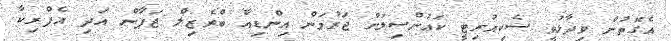
އެގޮތުން ވިދާޅުވީ ސެކިއުރިޓީ ކައުންސިލަށް ޖަރުމަން އިންޑިއާ ބްރެޒިލް ޖަޕާން އަދި އެފްރިކާ